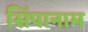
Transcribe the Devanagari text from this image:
सिंपानाम